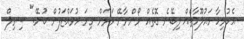
އެހުރިހާ މައުލޫމާތެއް ލިބޭނެ ގޮތެއް ނޯންނާނޭ ވަރަށް ގިނަ މުވައްޒަފުން ބުނޭ." ސިވިލް